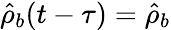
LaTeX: \hat{\rho}_{b}(t-\tau)=\hat{\rho}_{b}